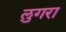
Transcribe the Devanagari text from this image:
लुगरा